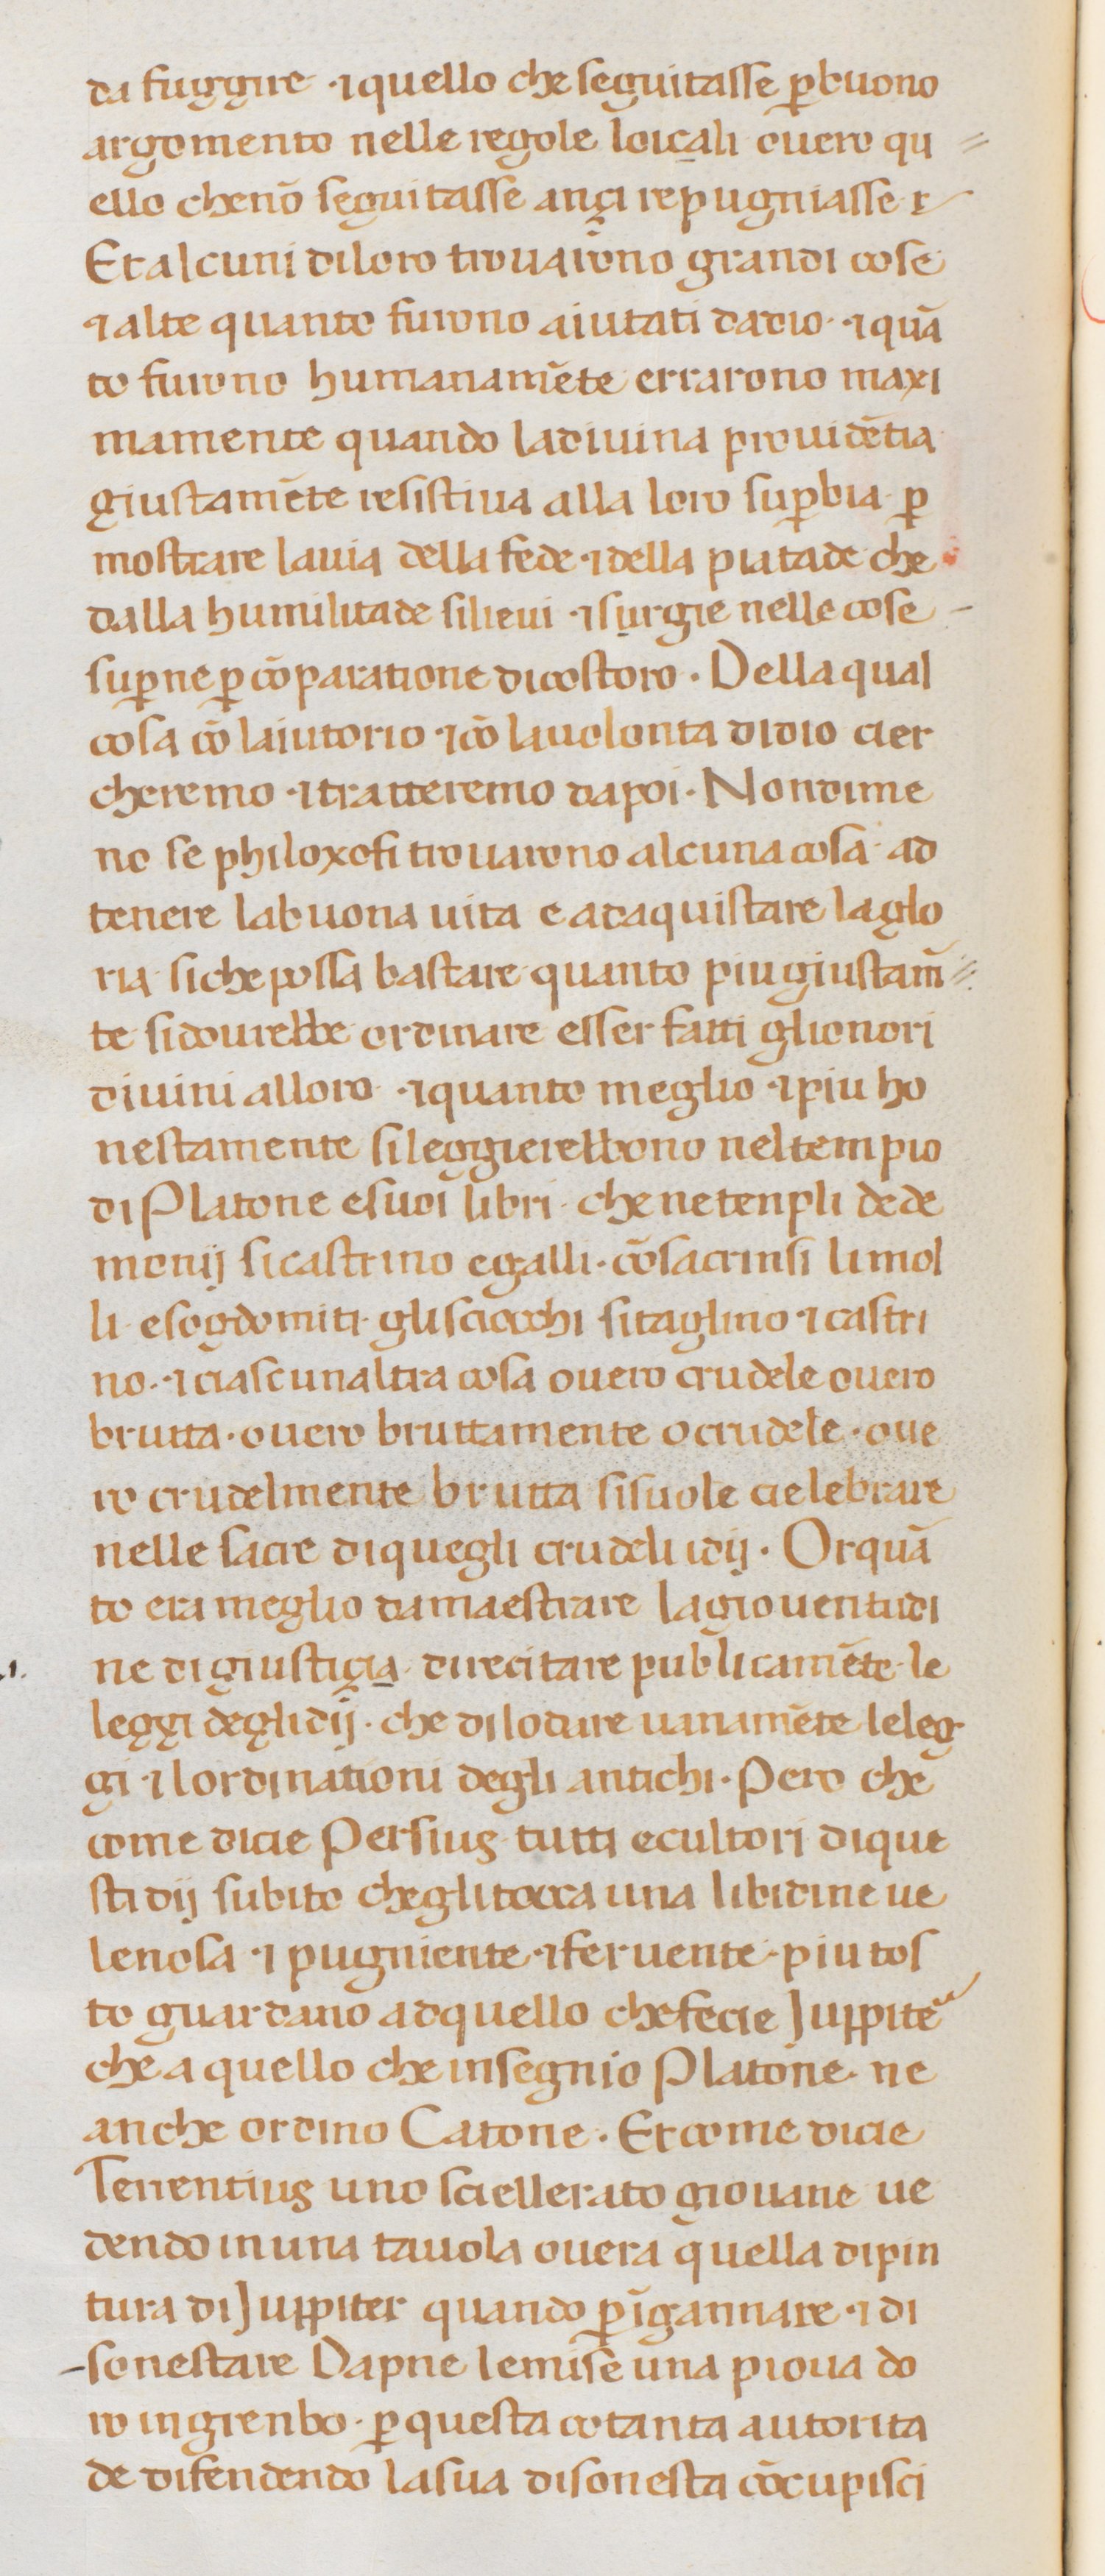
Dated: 1300–1399